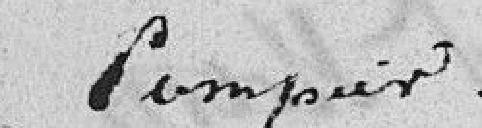
Pompier